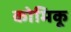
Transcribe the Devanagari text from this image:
कोमिकू